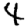
Digit: 4